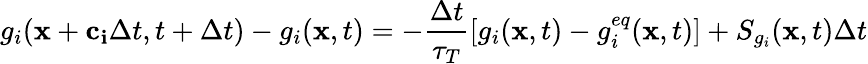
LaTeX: g_{i}(\mathbf{x}+\mathbf{c_{i}}\Delta t,t+\Delta t)-g_{i}(\mathbf{x},t)=-\frac{\Delta t}{\tau_{T}}\left[g_{i}(\mathbf{x},t)-g_{i}^{eq}(\mathbf{x},t)\right]+S_{g_{i}}(\mathbf{x},t)\Delta t